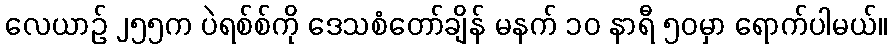
လေယာဉ် ၂၅၅က ပဲရစ်စ်ကို ဒေသစံတော်ချိန် မနက် ၁၀ နာရီ ၅၀မှာ ရောက်ပါမယ်။